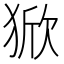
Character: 𰡚